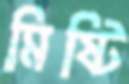
মিষ্টি